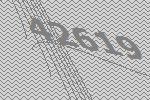
42619